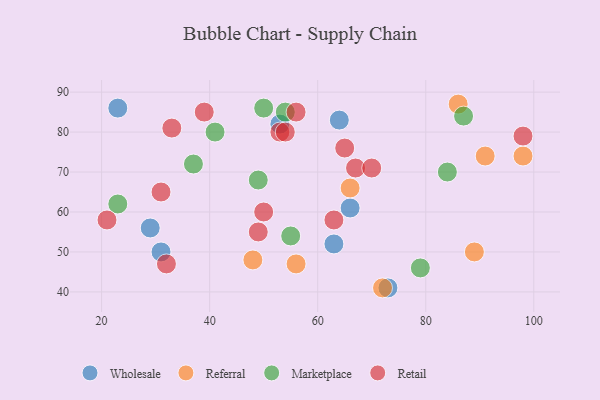
{"axis": {"x": "GDP", "y": "Life Expectancy"}, "legend": ["Marketplace", "Referral", "Retail", "Wholesale"], "data": [{"x": "53", "y": 82, "type": "Wholesale"}, {"x": "73", "y": 41, "type": "Wholesale"}, {"x": "23", "y": 86, "type": "Wholesale"}, {"x": "63", "y": 52, "type": "Wholesale"}, {"x": "29", "y": 56, "type": "Wholesale"}, {"x": "31", "y": 50, "type": "Wholesale"}, {"x": "64", "y": 83, "type": "Wholesale"}, {"x": "66", "y": 61, "type": "Wholesale"}, {"x": "72", "y": 41, "type": "Referral"}, {"x": "48", "y": 48, "type": "Referral"}, {"x": "66", "y": 66, "type": "Referral"}, {"x": "91", "y": 74, "type": "Referral"}, {"x": "86", "y": 87, "type": "Referral"}, {"x": "89", "y": 50, "type": "Referral"}, {"x": "98", "y": 74, "type": "Referral"}, {"x": "56", "y": 47, "type": "Referral"}, {"x": "23", "y": 62, "type": "Marketplace"}, {"x": "87", "y": 84, "type": "Marketplace"}, {"x": "84", "y": 70, "type": "Marketplace"}, {"x": "79", "y": 46, "type": "Marketplace"}, {"x": "54", "y": 85, "type": "Marketplace"}, {"x": "50", "y": 86, "type": "Marketplace"}, {"x": "55", "y": 54, "type": "Marketplace"}, {"x": "37", "y": 72, "type": "Marketplace"}, {"x": "41", "y": 80, "type": "Marketplace"}, {"x": "49", "y": 68, "type": "Marketplace"}, {"x": "50", "y": 60, "type": "Retail"}, {"x": "31", "y": 65, "type": "Retail"}, {"x": "98", "y": 79, "type": "Retail"}, {"x": "67", "y": 71, "type": "Retail"}, {"x": "53", "y": 80, "type": "Retail"}, {"x": "54", "y": 80, "type": "Retail"}, {"x": "49", "y": 55, "type": "Retail"}, {"x": "70", "y": 71, "type": "Retail"}, {"x": "65", "y": 76, "type": "Retail"}, {"x": "39", "y": 85, "type": "Retail"}, {"x": "21", "y": 58, "type": "Retail"}, {"x": "63", "y": 58, "type": "Retail"}, {"x": "56", "y": 85, "type": "Retail"}, {"x": "32", "y": 47, "type": "Retail"}, {"x": "33", "y": 81, "type": "Retail"}]}